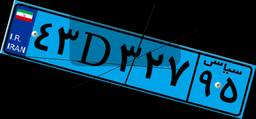
۴۳D۳۲۷۹۵